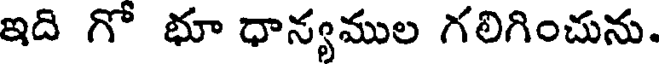
ఇది గో భూ ధాన్యముల గలిగించును.